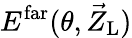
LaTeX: E^{\mathrm{far}}(\theta,\vec{Z}_{\mathrm{L}})